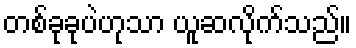
တစ်ခုခုပဲဟုသာ ယူဆလိုက်သည်။